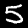
Label: 5